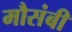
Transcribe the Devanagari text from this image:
मौसंबी